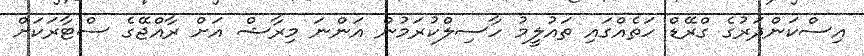
އިސްކަންދަރުގެ ގްރޭޑް ހަތެއްގައި ތައުލީމު ހާސިލްކުރަމުން އަންނަ މިރާޝް އަށް ރާއްޖޭގެ ސްޓާރަކަށް